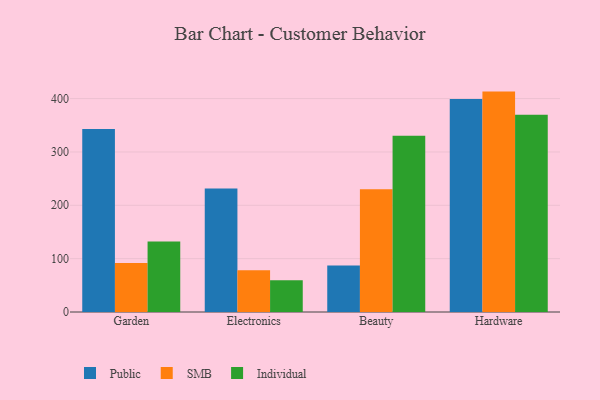
{"axis": {"x": "Category", "y": "Energy Usage (MWh)"}, "legend": ["Individual", "Public", "SMB"], "data": [{"x": "Garden", "y": 343.2, "type": "Public"}, {"x": "Garden", "y": 91.9, "type": "SMB"}, {"x": "Garden", "y": 132.2, "type": "Individual"}, {"x": "Electronics", "y": 231.7, "type": "Public"}, {"x": "Electronics", "y": 78.1, "type": "SMB"}, {"x": "Electronics", "y": 59.3, "type": "Individual"}, {"x": "Beauty", "y": 87.1, "type": "Public"}, {"x": "Beauty", "y": 230.0, "type": "SMB"}, {"x": "Beauty", "y": 330.4, "type": "Individual"}, {"x": "Hardware", "y": 399.1, "type": "Public"}, {"x": "Hardware", "y": 413.1, "type": "SMB"}, {"x": "Hardware", "y": 369.5, "type": "Individual"}]}